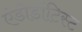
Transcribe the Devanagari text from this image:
एंडोडोंटिस्ट